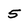
Character: 5